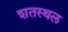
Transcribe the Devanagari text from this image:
शतस्थल